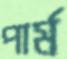
পার্ম